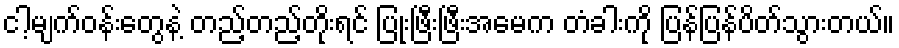
ငါ့မျက်ဝန်းတွေနဲ့ တည့်တည့်တိုးရင် ပြုံးဖြီးဖြီးအမေက တံခါးကို ပြန်ပြန်ပိတ်သွားတယ်။